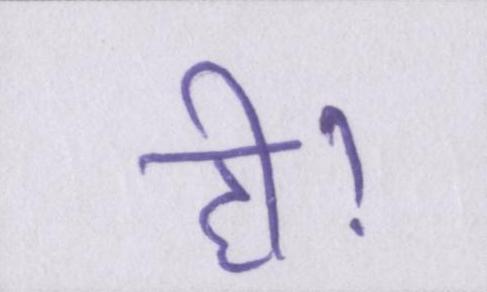
ही।